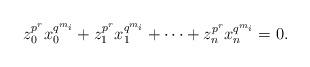
LaTeX: \begin{align*}z_0^{p^r}x_0^{q^{m_i}}+z_1^{p^r}x_1^{q^{m_i}}+\cdots+z_n^{p^r}x_n^{q^{m_i}}=0.\end{align*}